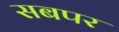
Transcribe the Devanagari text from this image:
सबपर